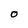
Character: O